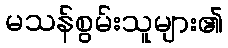
မသန်စွမ်းသူများ၏